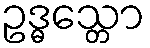
ဥဒ္ဓသ္တော